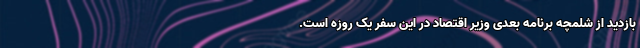
بازدید از شلمچه برنامه بعدی وزیر اقتصاد در این سفر یک روزه است.‌